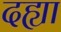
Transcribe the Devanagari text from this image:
दह्या